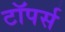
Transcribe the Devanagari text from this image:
टॉपर्स